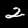
Digit: 2